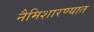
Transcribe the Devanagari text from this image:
नैमिशारण्यात